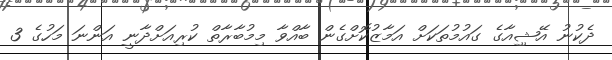
ދެކުުނު އޭޝިިއާގެ ގައުމުތަކަށް އަމާޒުކޮށްގެން ބާއްވާ މިމުބާރާތް ކުރިއަށްދާނީ އަންނަ މަހުގެ 3